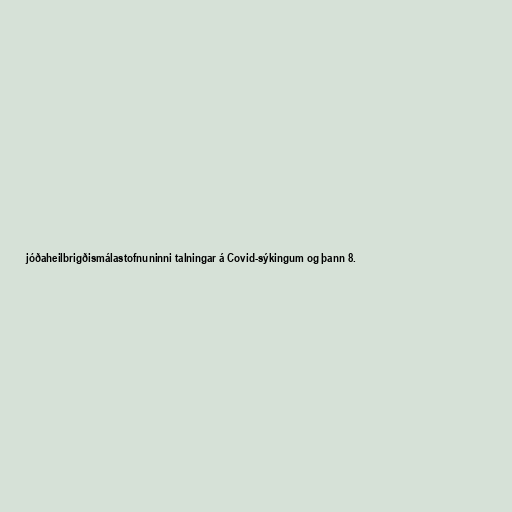
jóðaheilbrigðismálastofnuninni talningar á Covid-sýkingum og þann 8.